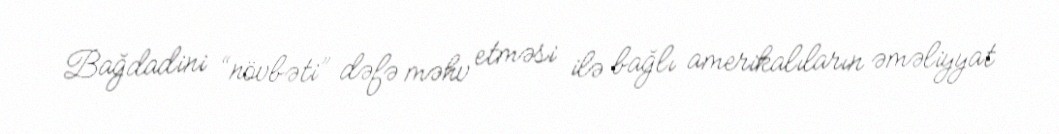
Bağdadini “növbəti” dəfə məhv etməsi ilə bağlı amerikalıların əməliyyat